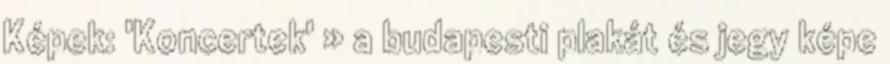
Képek: 'Koncertek' » a budapesti plakát és jegy képe